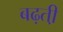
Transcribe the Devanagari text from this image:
बढ़ती़